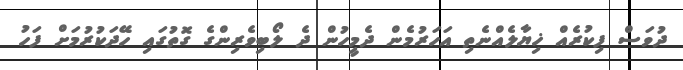
ދުވަސް ފިކުރެއް ޚިޔާލެއްނެތި އަހަރުމެން ދެމީހުން ދެ ލޯބިވެރިންގެ ގޮތުގައި ހޭދަކުރުމަށް ފަހު